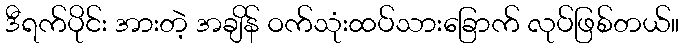
ဒီရက်ပိုင်း အားတဲ့ အချိန် ဝက်သုံးထပ်သားခြောက် လုပ်ဖြစ်တယ်။